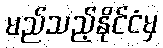
မည်သည့်နိုင်ငံမှ